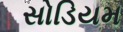
સોડિયમ